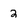
Character: 2